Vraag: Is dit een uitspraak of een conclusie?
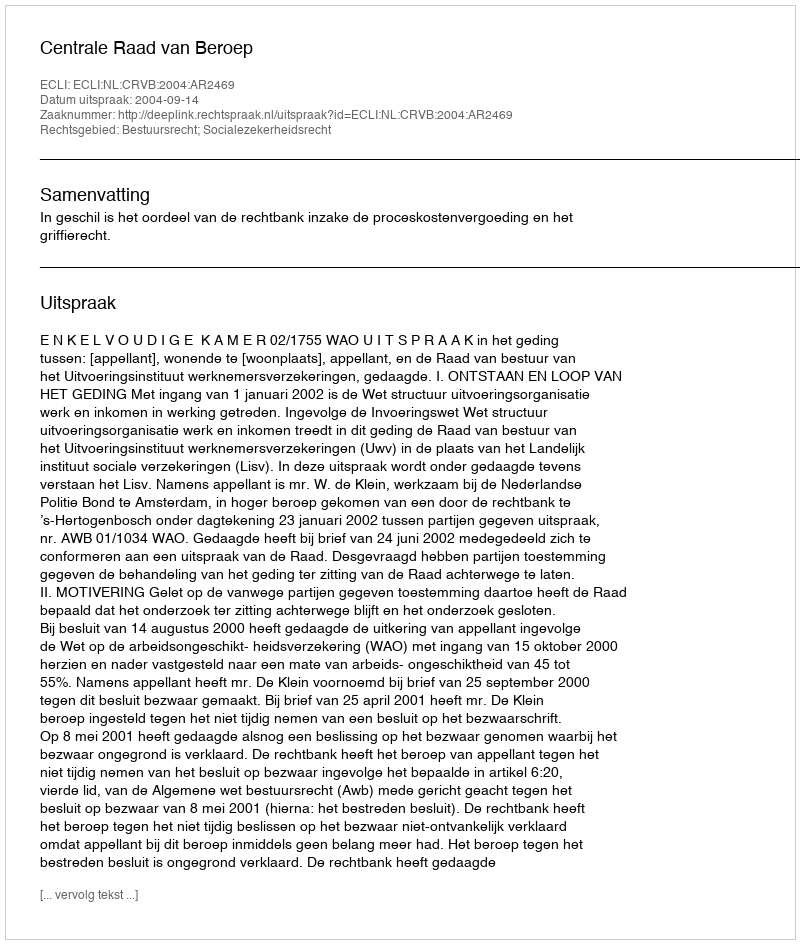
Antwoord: Uitspraak